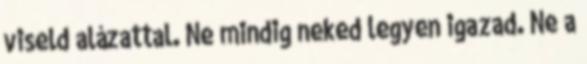
viseld alázattal. Ne mindig neked legyen igazad. Ne a